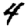
Digit: 4